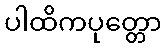
ပါထိကပုတ္တော